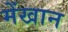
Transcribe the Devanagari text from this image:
मेंखान